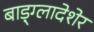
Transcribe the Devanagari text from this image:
बाड़्ग्लादेशेर